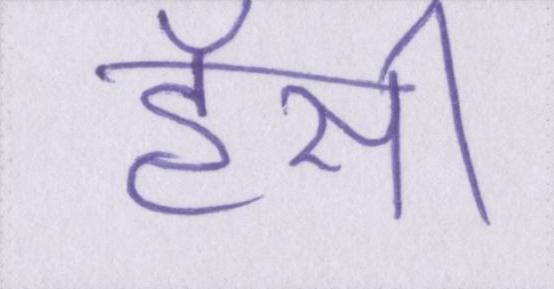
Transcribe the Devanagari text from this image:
हॅसी